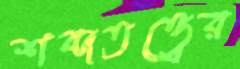
শব্দতত্ত্বের